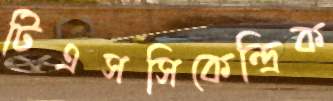
টিএসসিকেন্দ্রিক